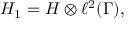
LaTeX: H _ { 1 } = H \otimes \ell ^ { 2 } ( \Gamma ) ,